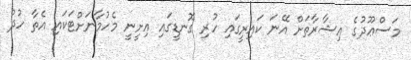
މަސްޢޫދުގެ ޢިޝާރާތަށް އޭނަ ކައިރީގައި ހުރި ގޮނޑީގައި އިށީނީ މެހުމާނަށްޓަކައި އެތާ ހުދު